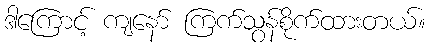
ဒါကြောင့် ကျနော် ကြက်သွန်စိုက်ထားတယ်။